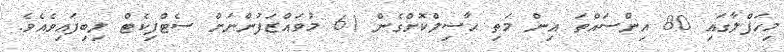
މިހަފްލާގައި 80 އިންސައްތަ އިން މަތި ޙާސިލްކޮށްގެން 61 މުވައްޒަފުންނަށް ސެޓްފިކެޓް ލިބިފައިވެއެވެ.